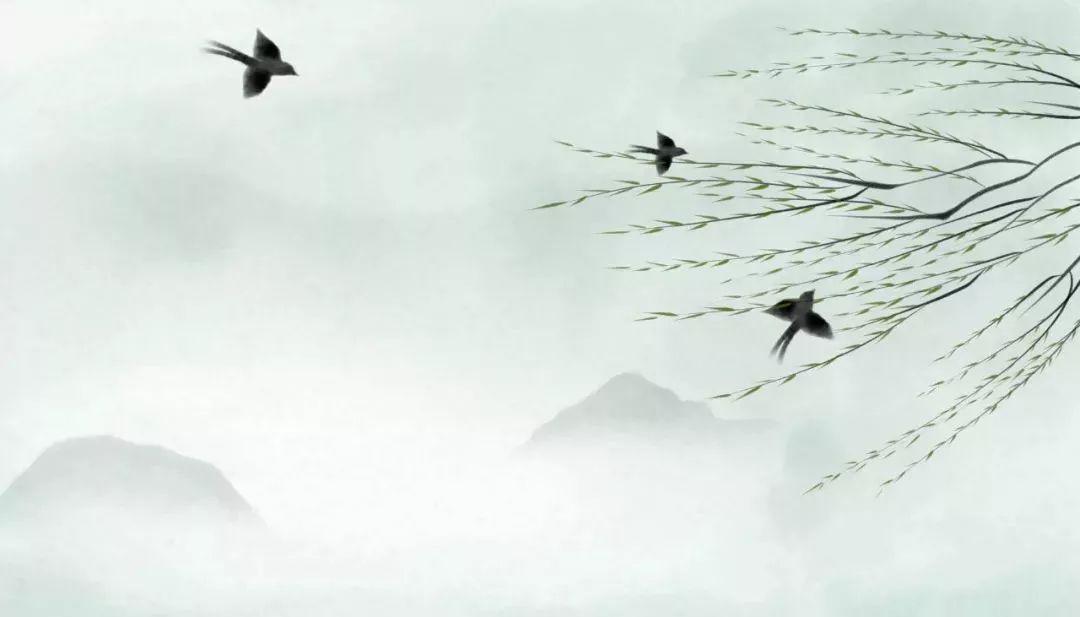
一春略无十日晴，处处浮云将雨行。